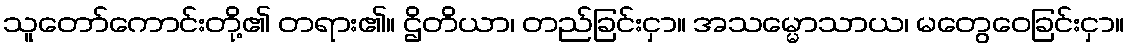
သူတော်ကောင်းတို့၏ တရား၏။ ဌိတိယာ၊ တည်ခြင်းငှာ။ အသမ္မောသာယ၊ မတွေဝေခြင်းငှာ။